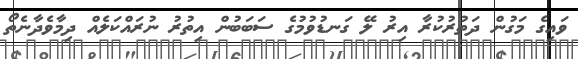
ވައިގެ މަގުން ދަތުރުކުރާ އިރު ލޭ ގަނޑުވުމުގެ ސަބަބުން އިތުރު ނުރައްކަލެއް ދިމާވެދާނެތޯ